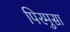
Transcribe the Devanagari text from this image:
पिरमुसा